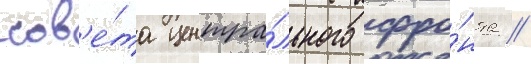
сов'е́та центра́льного фро́нта //